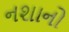
નશાનો